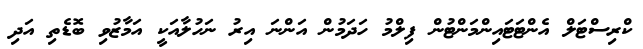
ކްރިސްޓަލް އެންޓަޓައިންމަންޓުން ފިލްމު ހަދަމުން އަންނަ އިރު ނަހުލާއަކީ އަމާޒުވި ބޮޑެތި އަދި